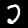
Digit: 2